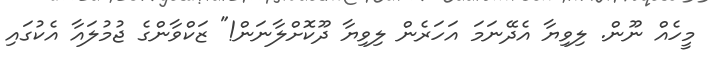
މީހެއް ނޫން. ލިވިޔާ އެދޭނަމަ އަހަރެން ލިވިޔާ ދޫކޮށްލާނަން!" ޒަކްވާންގެ ޖުމުލައާ އެކުގައި